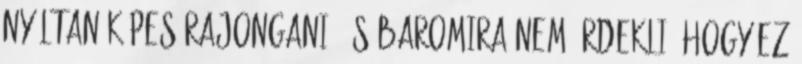
nyíltan képes rajongani, és baromira nem érdekli, hogy ez